Report of the King Institute of Preventive Medicine, Guindy
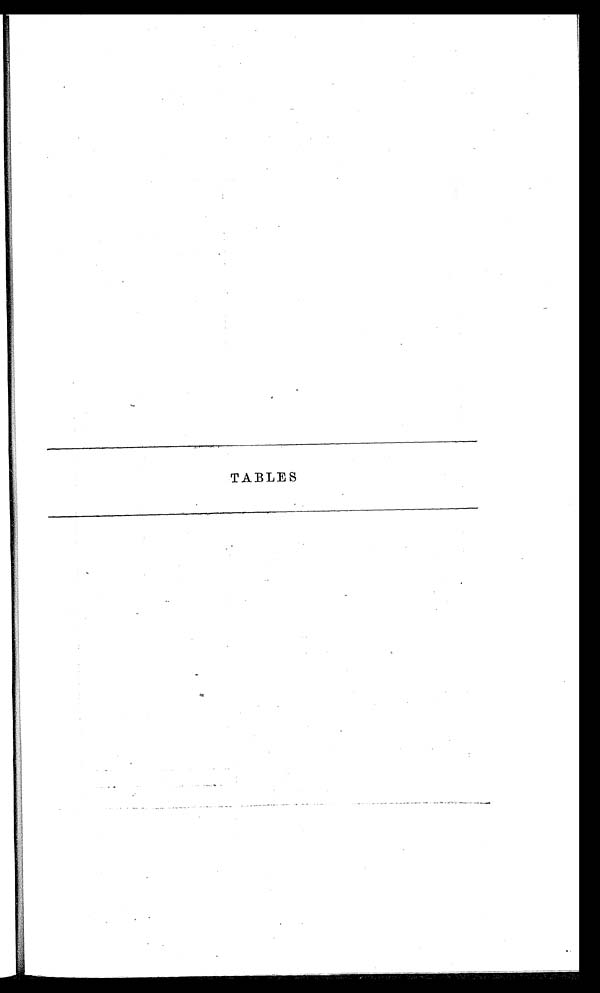
TABLES